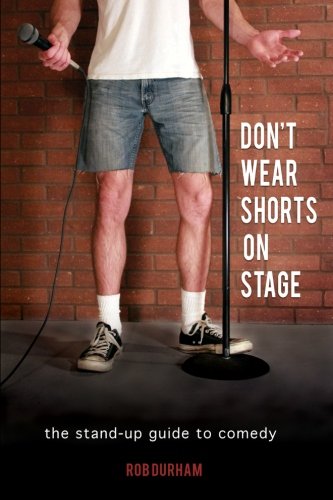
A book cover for Don't Wear Shorts on Stage: The Stand-up Guide to Comedy; Rob Durham; Humor & Entertainment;